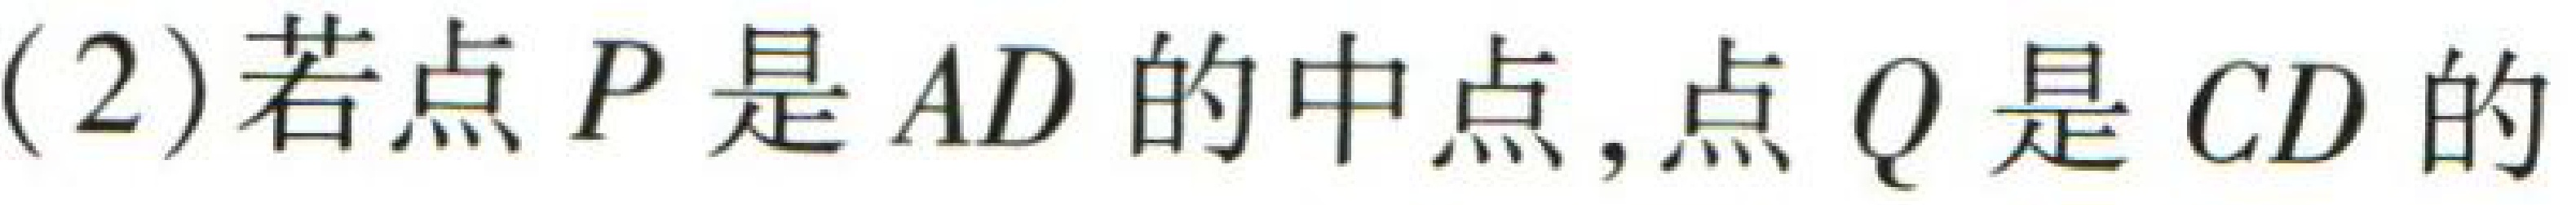
(2)若点\(P\)是\(AD\)的中点,点\(Q\)是\(CD\)的